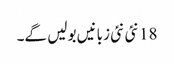
18 نئی نئی زبانیں بولیں گے۔